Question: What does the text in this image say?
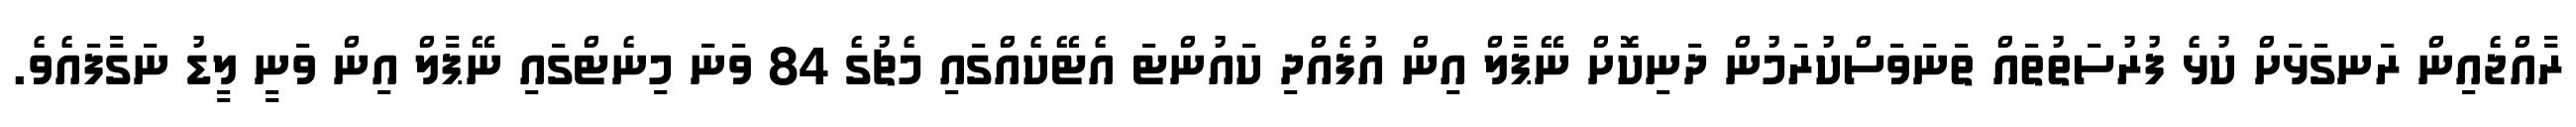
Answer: ރާއްޖެއިން ރަނގަޅަށް ކުޅެ ފުރުސަތުތައް ތަނަވަސްކުރަމުން ދަނިކޮށް ނޭޕާލް އިން އުފެއްދި ކައުންޓަ އެޓޭކެއްގައި މެޗުގެ 84 ވަނަ މިނެޓްގައި ނޭޕާލް އިން ވަނީ ލީޑު ނަގާފައެވެ.